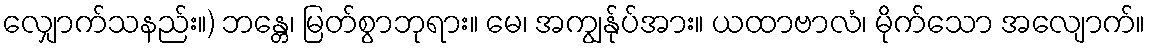
လျှောက်သနည်း။) ဘန္တေ၊ မြတ်စွာဘုရား။ မေ၊ အကျွန်ုပ်အား။ ယထာဗာလံ၊ မိုက်သော အလျောက်။